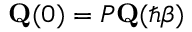
\mathbf { Q } ( 0 ) = { \cal P } \mathbf { Q } ( \hbar \beta )